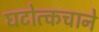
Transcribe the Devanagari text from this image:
घटोत्कचाने